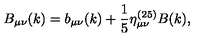
B _ { \mu \nu } ( k ) = b _ { \mu \nu } ( k ) + \frac { 1 } { 5 } \eta _ { \mu \nu } ^ { ( 2 5 ) } B ( k ) ,